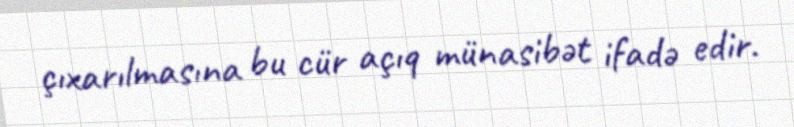
çıxarılmasına bu cür açıq münasibət ifadə edir.